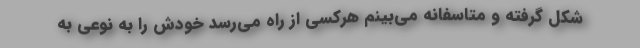
شکل گرفته و متاسفانه می‌بینم هرکسی از راه می‌رسد خودش را به نوعی به